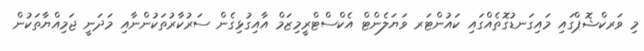
މި ވަރކްޝޮޕްގައި މައިގަނޑުގޮތެއްގައި ކައުންޓަރ ވަޔަލެންޓް އެކްސްޓްރީމިޒަމް އާއިގުޅިގެން ސަރުކާރުތަކުންނާއި މަދަނީ ޖަމިއްޔާތަކުން